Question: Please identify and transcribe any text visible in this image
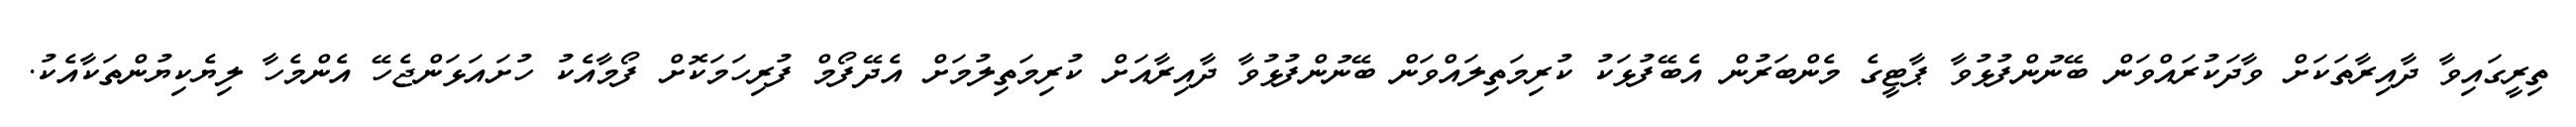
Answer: ތިރީގައިވާ ދާއިރާތަކަށް ވާދަކުރައްވަން ބޭނުންފުޅުވާ ޕާޓީގެ މެންބަރުން އެބޭފުޅަކު ކުރިމަތިލައްވަން ބޭނުންފުޅުވާ ދާއިރާއަށް ކުރިމަތިލުމަށް އެދޭފޯމް ފުރިހަމަކޮށް ފޯމާއެކު ހުށައަޅަންޖެހޭ އެންމެހާ ލިޔެކިޔުންތަކާއެކު.